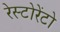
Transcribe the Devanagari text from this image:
रेस्टोरेंटो